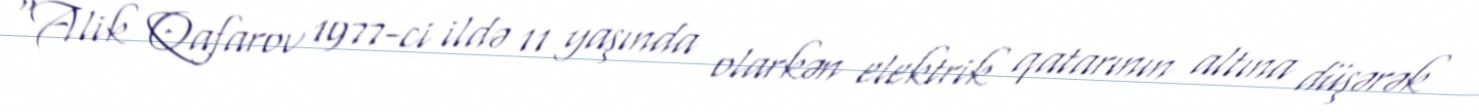
“Alik Qafarov 1977-ci ildə 11 yaşında olarkən elektrik qatarının altına düşərək